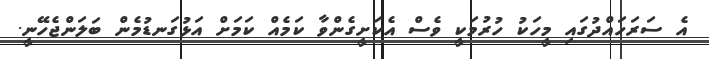
އެ ސަރަހައްދުގައި މީހަކު ހުރުމަކީ ވެސް އެކަށީގެންވާ ކަމެއް ކަމަށް އަޅުގަނޑުމެން ބަލަންޖެހޭނީ.